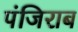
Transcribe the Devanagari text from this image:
पंजिराब